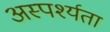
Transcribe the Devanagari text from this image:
अस्पर्श्यता